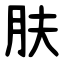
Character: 肤